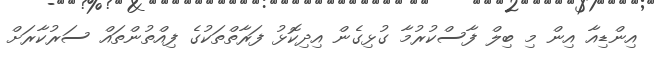
އިންޑިއާ އިން މި ބިލް ފާސްކުރުމާ ގުޅިގެން އިދިކޮޅު ފަރާތްތަކުގެ ފިއްތުންތައް ސަރުކާރަށް